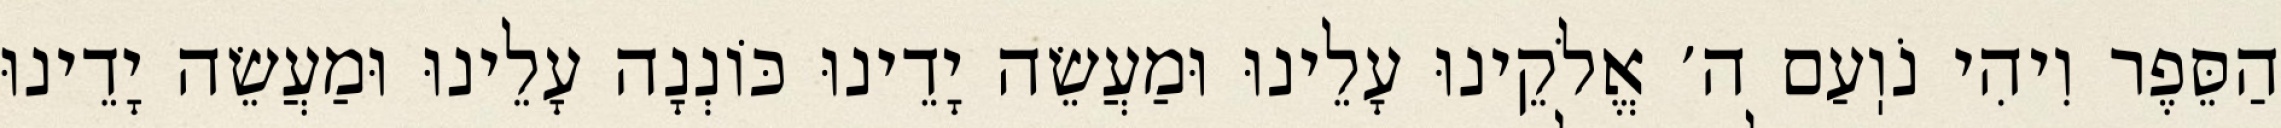
הַסֵּפֶר וִיהִי נֹוֽעַם ה׳ אֱלֹקֵינוּ עָלֵינוּ וּמַעֲשֵׂה יָדֵינוּ כּוֹנְנָה עָלֵינוּ וּמַעֲשֵׂה יָדֵינוּ